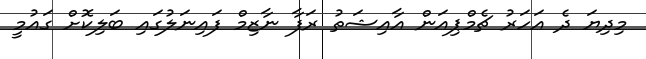
މިދިޔަ ދެ އަހަރު ޗެމްޕިއަން އާއިޝަތު ރަފާ ނާޒިމް ފައިނަލުގައި ބަލިކޮށް ގައުމީ